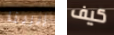
إيرينا كيف